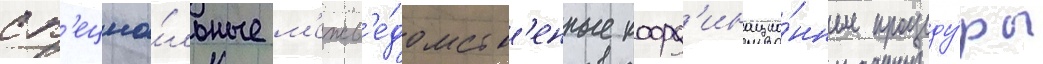
сп'ециа́льные м'ежв'е́домств'енные коорд'инацио́нные процеду́ры